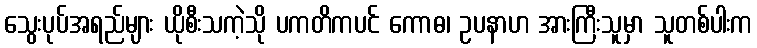
သွေးပုပ်အရည်များ ယိုစီးသကဲ့သို ပကတိကပင် ကောဓ၊ ဥပနာဟ အားကြီးသူမှာ သူတစ်ပါးက